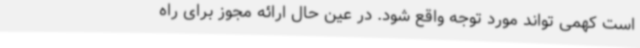
است کهمی تواند مورد توجه واقع شود. در عین حال ارائه مجوز برای راه